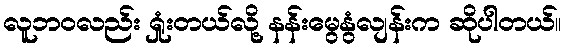
လူဘဝလည်း ရှုံးတယ်လို့ နန်းမွေနွံလျန်းက ဆိုပါတယ်။